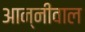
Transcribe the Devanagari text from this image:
आन्नीवाल